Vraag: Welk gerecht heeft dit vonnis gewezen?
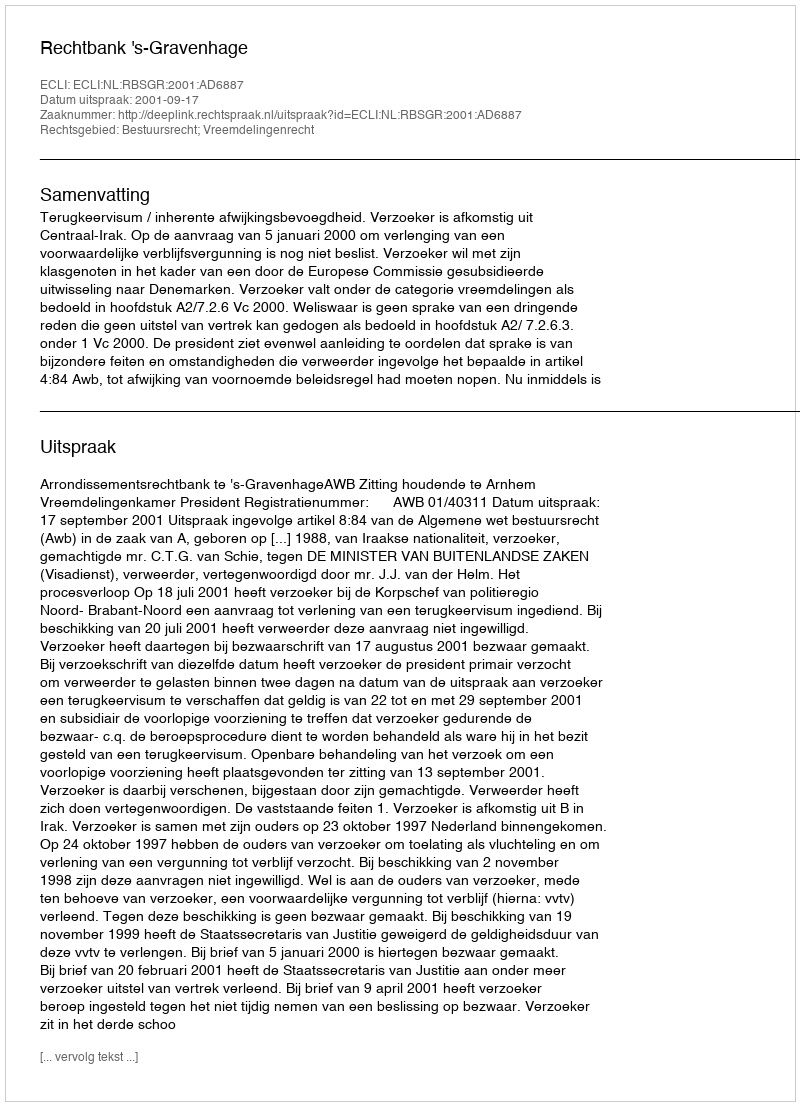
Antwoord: Rechtbank 's-Gravenhage